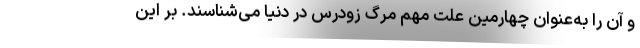
و آن را به‌عنوان چهارمین علت مهم مرگ زودرس در دنیا می‌شناسند. بر این